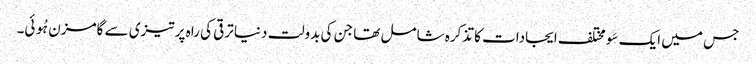
جس میں ایک سَو مختلف ایجادات کا تذکرہ شامل تھا جن کی بدولت دنیا ترقی کی راہ پر تیزی سے گامزن ہُوئی۔